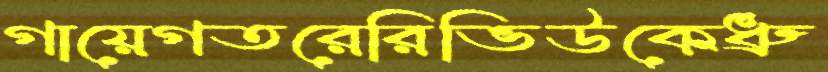
গায়েগতরেরিভিউকেধ্রু